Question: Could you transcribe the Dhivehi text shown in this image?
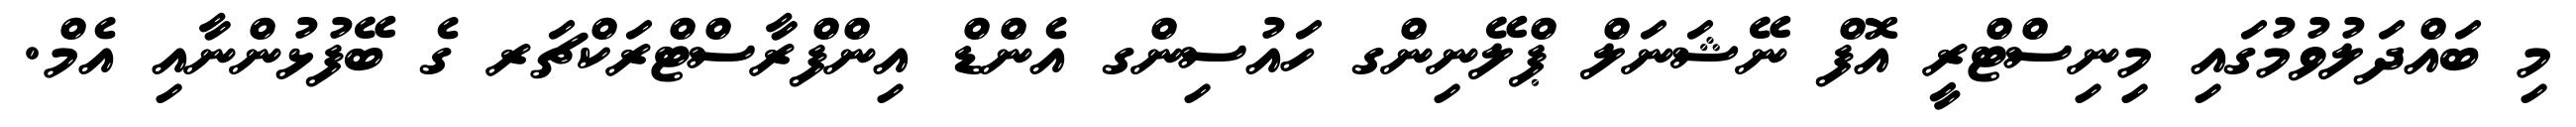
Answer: މި ބައްދަލުވުމުގައި މިނިސްޓްރީ އޮފް ނޭޝަނަލް ޕްލޭނިންގ ހައުސިންގ އެންޑް އިންފްރާސްޓްރަކްޗަރ ގެ ބޭފުޅުންނާއި އެމް.